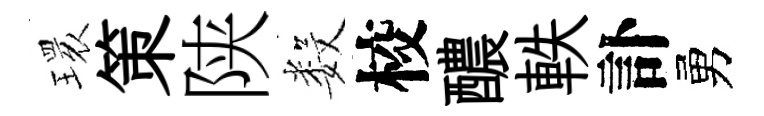
𤨔策陕数校醲軼訃勇